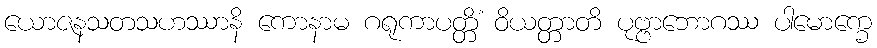
ယောဇနသတသဟဿာနိ ကောနာမ ဂရုကာပတ္တိံ ဝိယတ္တာတိ ပုဗ္ဗာဘောဂဿ ပါမောက္ခေ